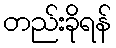
တည်းခိုရန်